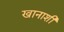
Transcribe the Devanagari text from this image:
खानाशी